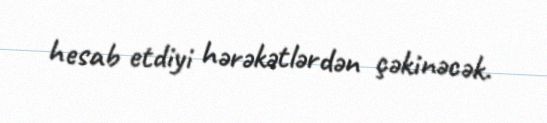
hesab etdiyi hərəkətlərdən çəkinəcək.